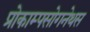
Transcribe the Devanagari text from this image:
प्रोकाम्‍पसोगनेथस